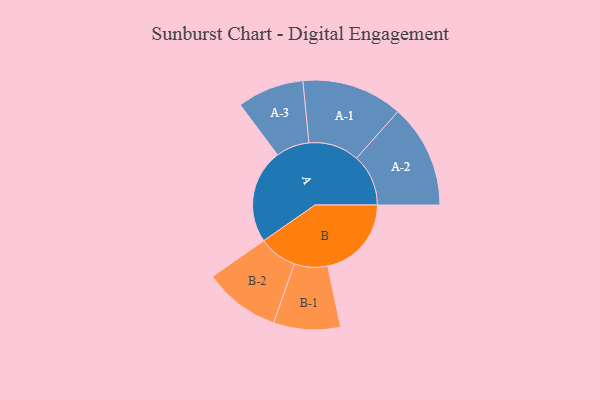
{"axis": {"x": "Segment", "y": "Value"}, "legend": ["", "A", "B"], "data": [{"x": "A", "y": 495, "type": ""}, {"x": "B", "y": 439, "type": ""}, {"x": "A-1", "y": 265, "type": "A"}, {"x": "A-2", "y": 272, "type": "A"}, {"x": "A-3", "y": 175, "type": "A"}, {"x": "B-1", "y": 175, "type": "B"}, {"x": "B-2", "y": 201, "type": "B"}]}